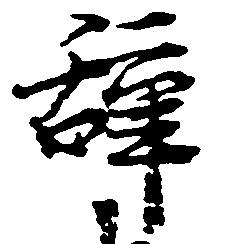
辞